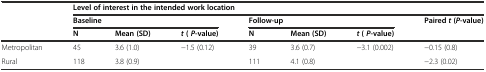
<table><thead><tr><td rowspan="2"></td><td colspan="7"><b>Level of interest in the intended work location</b></td></tr><tr><td colspan="3"><b>Baseline</b></td><td colspan="3"><b>Follow-up</b></td><td><b>Paired <i>t</i>( <i>P</i>-value)</b></td></tr><tr><td></td><td><b>N</b></td><td><b>Mean (SD)</b></td><td><b><i>t</i>( <i>P</i>-value)</b></td><td><b>N</b></td><td><b>Mean (SD)</b></td><td><b><i>t</i>( <i>P</i>-value)</b></td><td></td></tr></thead><tbody><tr><td>Metropolitan</td><td>45</td><td>3.6 (1.0)</td><td>-1.5 (0.12)</td><td>39</td><td>3.6 (0.7)</td><td>-3.1 (0.002)</td><td>-0.15 (0.8)</td></tr><tr><td>Rural</td><td>118</td><td>3.8 (0.9)</td><td></td><td>111</td><td>4.1 (0.8)</td><td></td><td>-2.3 (0.02)</td></tr></tbody></table>